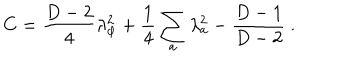
C = { \frac { D - 2 } { 4 } } \lambda _ { \varphi } ^ { 2 } + { \frac { 1 } { 4 } } \sum _ { a } \lambda _ { a } ^ { 2 } - { \frac { D - 1 } { D - 2 } } \ .